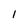
Character: 1